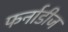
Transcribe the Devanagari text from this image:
फर्नाडीज